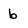
Character: b